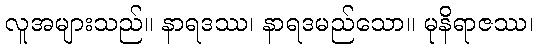
လူအများသည်။ နာရဒဿ၊ နာရဒမည်သော။ မုနိရာဇဿ၊